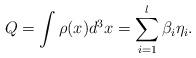
LaTeX: \begin{align*}Q=\int \rho (x)d^3x=\sum_{i=1}^l\beta _i\eta _i.\end{align*}